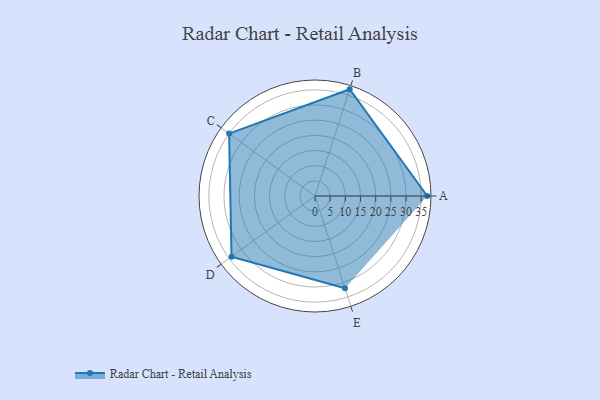
{"axis": {"x": "Skill", "y": "Score"}, "legend": ["Profile"], "data": [{"x": "A", "y": 37.0, "type": "Profile"}, {"x": "B", "y": 37.0, "type": "Profile"}, {"x": "C", "y": 35.0, "type": "Profile"}, {"x": "D", "y": 34.0, "type": "Profile"}, {"x": "E", "y": 32.0, "type": "Profile"}]}